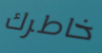
خاطرك